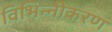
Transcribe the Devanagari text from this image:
विभिन्नीकरण